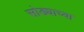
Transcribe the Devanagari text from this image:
सोड्याच्या